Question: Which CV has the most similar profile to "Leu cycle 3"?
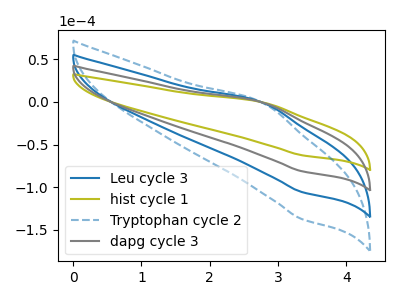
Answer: <think>The blue curve "Leu cycle 3" has an anodic peak at (2.80V, -1.95uA) and a cathodic peak at (3.35V, -162.40uA). The olive curve "hist cycle 1" has an anodic peak at (2.80V, -0.75uA) and a cathodic peak at (3.35V, -62.45uA). The blue dashed curve "Tryptophan cycle 2" has an anodic peak at (2.80V, -2.95uA) and a cathodic peak at (3.35V, -243.65uA). The gray curve "dapg cycle 3" has an anodic peak at (2.80V, -1.00uA) and a cathodic peak at (3.35V, -81.20uA).
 All the peaks in "Leu cycle 3" have a peak in "hist cycle 1" at the same potential. All the peaks in "Leu cycle 3" have a peak in "Tryptophan cycle 2" at the same potential. All the peaks in "Leu cycle 3" have a peak in "dapg cycle 3" at the same potential. All the peaks in "hist cycle 1" have a peak in "Tryptophan cycle 2" at the same potential. All the peaks in "hist cycle 1" have a peak in "dapg cycle 3" at the same potential. All the peaks in "Tryptophan cycle 2" have a peak in "dapg cycle 3" at the same potential.</think>
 <answer>"Leu cycle 3", "Tryptophan cycle 2" and "dapg cycle 3" have a similar shape to "hist cycle 1".</answer>
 <eval>"Leu cycle 3" "Tryptophan cycle 2" "dapg cycle 3"</eval>